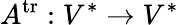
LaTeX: A^{\operatorname{tr}}:V^{*}\rightarrow V^{*}